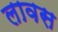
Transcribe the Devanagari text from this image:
लावस